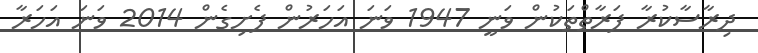
ދިރާސާކުރާ ފަރާތްތަކުން ވަނީ 1947 ވަނަ އަހަރުން ފެށިގެން 2014 ވަނަ އަހަރާ